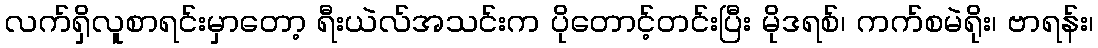
လက်ရှိလူစာရင်းမှာတော့ ရီးယဲလ်အသင်းက ပိုတောင့်တင်းပြီး မိုဒရစ်၊ ကက်စမဲရိုး၊ ဗာရန်း၊